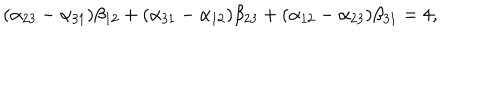
LaTeX: ( \alpha _ { 2 3 } - \alpha _ { 3 1 } ) \beta _ { 1 2 } + ( \alpha _ { 3 1 } - \alpha _ { 1 2 } ) \beta _ { 2 3 } + ( \alpha _ { 1 2 } - \alpha _ { 2 3 } ) \beta _ { 3 1 } = 4 ,